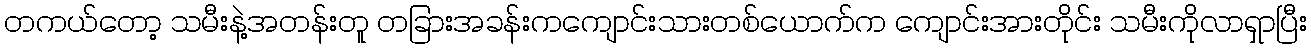
တကယ်တော့ သမီးနဲ့အတန်းတူ တခြားအခန်းကကျောင်းသားတစ်ယောက်က ကျောင်းအားတိုင်း သမီးကိုလာရှာပြီး